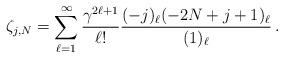
LaTeX: \begin{align*}\zeta_{j,N}&=\sum_{\substack{\ell=1}}^{\infty}\frac{\gamma^{2\ell+1}}{\ell!} \frac{ (-j)_\ell (-2N+j+1)_\ell} {(1)_\ell} \,.\end{align*}